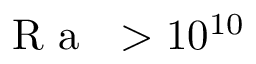
\mathrm { ~ \textit ~ { ~ R ~ a ~ } ~ } > 1 0 ^ { 1 0 }